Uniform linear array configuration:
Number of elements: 4
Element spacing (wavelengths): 0.5
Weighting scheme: cosine
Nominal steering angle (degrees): -45
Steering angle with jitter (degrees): -44.973
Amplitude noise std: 0.05
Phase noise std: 0.05

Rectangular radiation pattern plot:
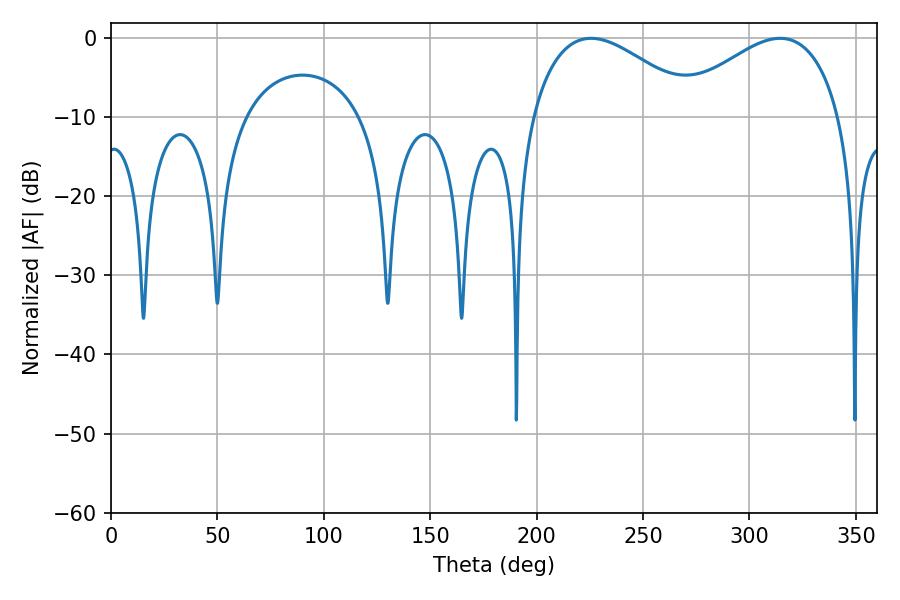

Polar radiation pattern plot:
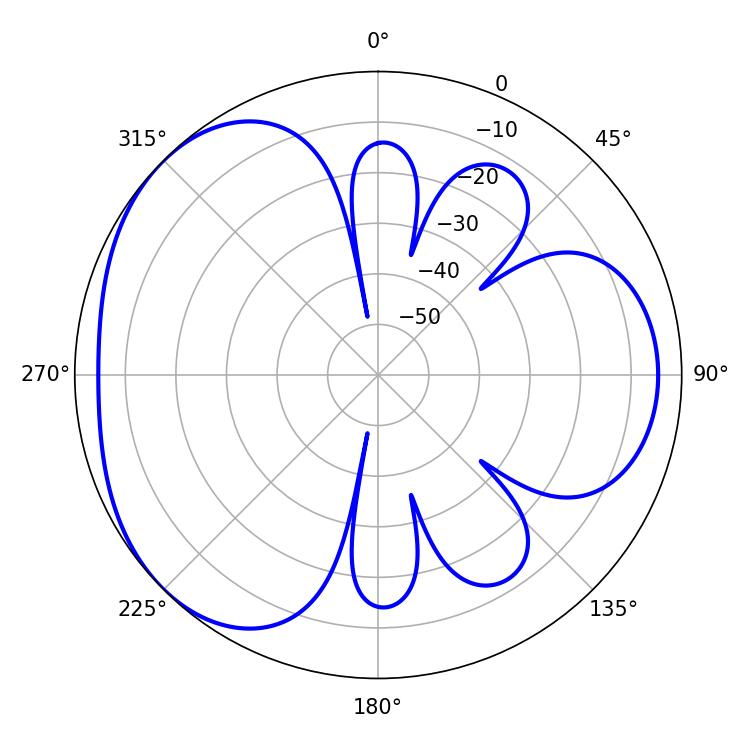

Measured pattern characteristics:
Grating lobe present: FALSE
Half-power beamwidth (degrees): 43.02
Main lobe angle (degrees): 225.54